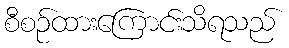
စီစဉ်ထားကြောင်းသိရသည်